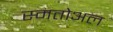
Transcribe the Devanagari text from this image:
स्मतोअल